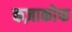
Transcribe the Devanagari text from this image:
कज़ाकोफ